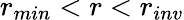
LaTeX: r_{min}<r<r_{inv}